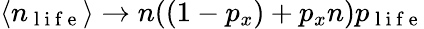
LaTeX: \langle n_{\mathrm{~l~i~f~e~}}\rangle\rightarrow n((1-p_{x})+p_{x}n)p_{\mathrm{~l~i~f~e~}}